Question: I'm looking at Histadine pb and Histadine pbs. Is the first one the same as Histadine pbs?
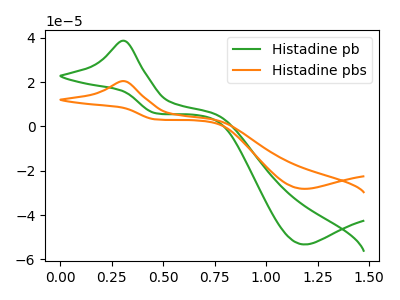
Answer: <think>The green curve "Histadine pb" has an anodic peak at (0.30V, 38.60uA) and a cathodic peak at (1.20V, -53.25uA). The orange curve "Histadine pbs" has an anodic peak at (0.30V, 20.40uA) and a cathodic peak at (1.20V, -28.15uA).
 All the peaks in "Histadine pb" have a peak in "Histadine pbs" at the same potential. Every peak in "Histadine pb" is higher than every peak in "Histadine pbs".</think>
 <answer>"Histadine pb" and "Histadine pbs" are similar in shape.</answer>
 <eval>same_shape</eval>